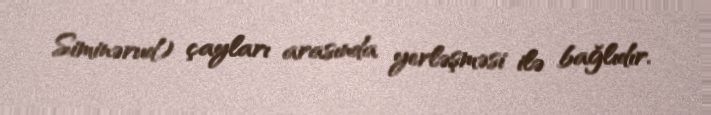
Siminərud) çayları arasında yerləşməsi ilə bağlıdır.